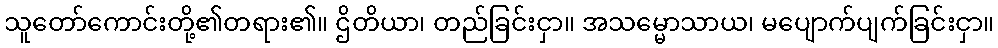
သူတော်ကောင်းတို့၏တရား၏။ ဌိတိယာ၊ တည်ခြင်းငှာ။ အသမ္မောသာယ၊ မပျောက်ပျက်ခြင်းငှာ။